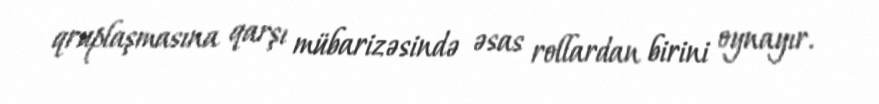
qruplaşmasına qarşı mübarizəsində əsas rollardan birini oynayır.